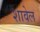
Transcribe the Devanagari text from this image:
शावेल